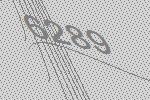
6289